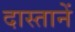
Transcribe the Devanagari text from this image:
दास्तानें